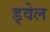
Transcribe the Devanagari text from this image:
ड्वेल